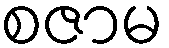
စဇာမ